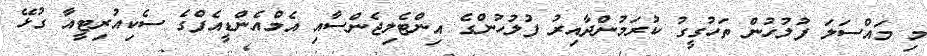
މި މައްސަލަ ފުލުހުން ތަހުގީގު ކުރަމުންދާއިރު ފުލުހުންގެ އިންޓެލިޖެންސާއި އެމްއެންޑީއެފްގެ ސެކިއުރިޓީއާ ގުޅޭ